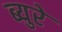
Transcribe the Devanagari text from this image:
ब्युरे